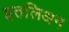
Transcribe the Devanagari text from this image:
इतलिअन